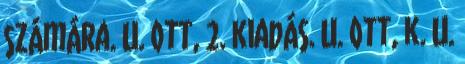
számára. U. ott, 2. kiadás. U. ott, k. U.